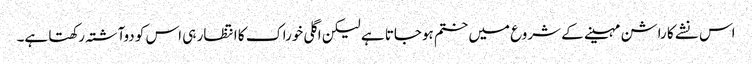
اس نشے کا راشن مہینے کے شروع میں ختم ہوجاتا ہے لیکن اگلی خوراک کا انتظار ہی اس کو دوآشتہ رکھتا ہے۔